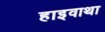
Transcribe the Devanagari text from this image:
हाइवाथा